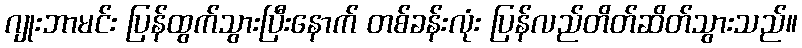
ဂျုးဘာမင်း ပြန်ထွက်သွားပြီးနောက် တစ်ခန်းလုံး ပြန်လည်တိတ်ဆိတ်သွားသည်။